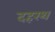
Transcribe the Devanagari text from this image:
दहरथ